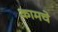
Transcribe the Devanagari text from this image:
कामचे